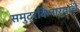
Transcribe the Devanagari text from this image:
समुद्रकिनाऱ्याचे